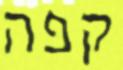
קפה